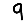
Digit: 9